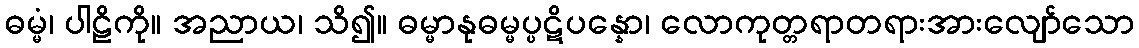
ဓမ္မံ၊ ပါဠိကို။ အညာယ၊ သိ၍။ ဓမ္မာနုဓမ္မပ္ပဋိပန္နော၊ လောကုတ္တရာတရားအားလျော်သော